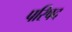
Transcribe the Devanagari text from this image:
परिषद